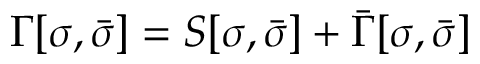
\Gamma [ \sigma , \bar { \sigma } ] = S [ \sigma , \bar { \sigma } ] + \bar { \Gamma } [ \sigma , \bar { \sigma } ]